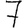
Digit: 7